Sanitation, dispensaries and jails vaccination Rajputana 1922-1927 - 1922-1927
Year: 1922
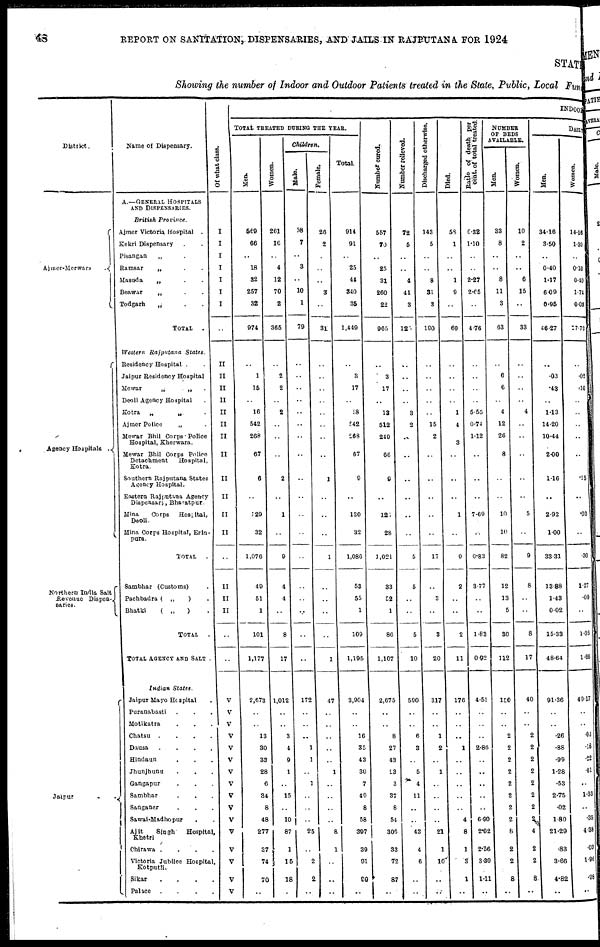
48
REPORT ON SANITATION, DISPENSARIES, AND JAILS IN RAJPUTANA FOR 1924
STATE
Showing the number of Indoor and Outdoor Patients treated in the State, Public, Local Fund
District.
Ajmer-Merwara
.
Agency Hospitals .
Northern India Salt
Revenue Dispen¬
saries.
Jaipur
.
.
Name of Dispensary.
A.—GENERAL HOSPITALS
AND DISPENSARIES.
British
Province.
Ajmer Victoria Hospital .
Kekri Dispensary . .
Pisangan
„ .
Ramsar
„ . .
Masuda
„ . .
Beawar
„ . .
Todgarh
„ . .
TOTAL
.
Western Rajputana
States.
Residency Hospital . .
Jaipur Residency Hospital
Mewar
„
„ .
Deoli Agency Hospital .
Kotra
„ „ .
Ajmer Police
„ .
Mewar Bhil Corps Police
Hospital, Kherwara.
Mewar Bhil Corps Police
Detachment
Hospital,
Kotra.
Southern Rajputana States
Agency Hospital.
Eastern Rajputana Agency
Dispensary, Bharatpur.
Mina
Corps
Hospital,
Deoli.
Mina Corps Hospital, Erin¬
pure.
TOTAL
.
Sambhar (Customs) .
Pachbadra ( „
) .
Bhatki
( „
) .
TOTAL .
TOTAL AGENCY AND SALT .
Indian
States.
Jaipur Mayo Hospital .
Puranabasti . . .
Motikatra . . .
Chatsu
.
.
.
.
Dausa
.
.
.
.
Hindaun . . .
Jhunjhunu . . .
Gangapur . . .
Sambhar . . .
Sanganer . . .
Sawai-Madhopur . .
Ajit
Singh
Hospital,
Khetri
Chirawa .
.
. .
Victoria Jubilee Hospital,
Kotputli.
Sikar
.
.
.
.
Palace
.
.
.
.
Of what class.
I
I
I
I
I
I
I
..
II
II
II
II
II
II
II
II
II
II
II
II
..
II
II
II
..
..
V
V
V
V
V
V
V
V
V
V
V
V
V
V
V
V
INDOOR
TOTAL TREATED DURING THE YEAR.
Men.
569
66
..
18
32
257
32
974
..
1
15
..
16
542
268
67
6
..
129
32
1,076
40
51
1
101
1,177
2,673
..
..
13
30
33
28
6
34
8
48
277
37
74
70
..
Women.
261
16
..
4
12
70
2
365
..
2
2
..
2
..
..
..
2
..
1
..
9
4
4
..
8
17
1,012
..
..
3
4
9
1
..
15
..
10
87
1
15
18
..
Children.
Male.
58
7
..
3
..
10
1
79
..
..
..
..
..
..
..
..
..
..
..
..
..
..
..
..
..
..
172
..
..
..
1
1
..
1
..
..
..
25
..
2
2
..
Female.
26
2
..
..
..
3
..
31
..
..
..
..
..
..
..
..
1
..
..
..
1
..
..
..
..
1
47
..
..
..
..
..
1
..
..
..
..
8
1
..
..
..
Total.
914
91
..
25
44
340
35
1,449
..
3
17
..
18
542
268
67
9
..
130
32
1,086
53
55
1
109
1,195
3,904
..
..
16
35
43
30
7
40
8
58
397
39
91
90
..
Number cured.
557
70
..
25
31
260
22
965
..
3
17
..
13
512
249
66
9
..
121
28
1,021
33
52
1
86
1,107
2,675
..
..
8
27
43
23
3
37
8
54
306
33
72
87
..
Number relieved.
72
5
..
..
4
41
3
125
..
..
..
..
3
2
..
..
..
..
..
..
5
5
..
..
5
10
590
..
..
6
3
..
5
4
11
..
..
43
4
6
..
..
Discharged otherwise.
143
5
..
..
8
31
3
190
..
..
..
..
..
15
2
..
..
..
..
..
17
..
3
..
3
20
317
..
..
1
2
..
1
..
..
..
..
21
1
10
..
..
Died.
58
1
..
..
1
9
..
69
..
..
..
..
1
4
3
..
..
..
1
..
9
2
..
..
2
11
176
..
..
..
1
..
..
..
..
..
4
8
1
3
1
..
Ratio of death per
cent. of total treated.
6.32
1.10
..
..
2.27
2.65
..
4.76
..
..
..
..
5.55
0.74
1.12
..
..
..
7.69
..
0.83
3.77
..
..
1.83
0.92
4.51
..
..
..
2.86
..
..
..
..
..
6.90
2.02
2.56
3.30
1.11
..
NUMBER
OF BEDS
AVAILABLE.
Men.
33
8
..
..
8
11
3
63
..
6
6
..
4
12
26
8
..
..
10
10
82
12
13
5
30
112
150
..
..
2
2
2
2
2
2
2
2
8
2
2
8
..
Women.
10
2
..
..
6
15
..
33
..
..
..
..
4
..
..
..
..
..
5
..
9
8
..
..
8
17
40
..
..
2
2
2
2
2
2
2
2
4
2
2
8
..
DAILY
Men.
34.16
3.50
..
0.40
1.17
6.09
0.95
46.27
..
.03
.43
..
1.13
14.20
10.44
2.00
1.16
..
2.92
1.00
33.31
13.8
1.43
0.02
15.33
48.64
91.36
..
..
.26
.88
.99
1.28
.53
2.75
.02
1.80
21.29
.83
3.66
4.82
..
Women.
14.16
1.30
..
0.10
0.40
1.74
0.03
17.73
..
.02
.10
..
..
..
..
..
.15
..
.03
..
.30
1.27
.09
..
1.36
1.66
49.17
..
..
.93
.18
.22
.01
..
1.33
..
.35
4.38
.03
1.96
.98
..